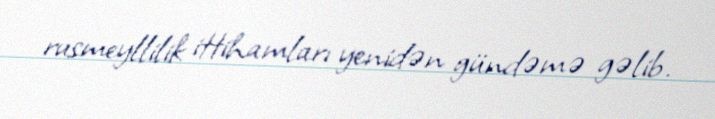
rusmeyllilik ittihamları yenidən gündəmə gəlib.